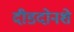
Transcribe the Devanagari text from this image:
दीडदोनशे